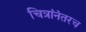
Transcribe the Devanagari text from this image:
चित्रांनंतरच